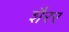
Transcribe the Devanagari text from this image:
शैरर